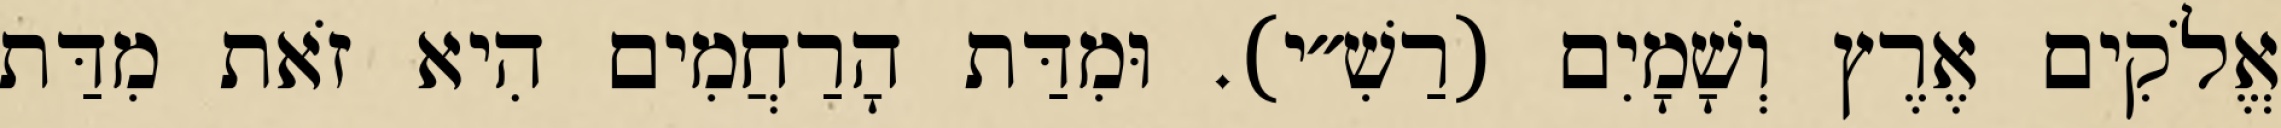
אֱלֹקִים אֶרֶץ וְשָׁמָיִם (רַשִׁ״י). וּמִדַּת הָרַחֲמִים הִיא זֹאת מִדַּת